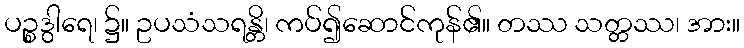
ပဉ္စဒွါရေ၊ ၌။ ဥပသံသရန္တိ၊ ကပ်၍ဆောင်ကုန်၏။ တဿ သတ္တဿ၊ အား။